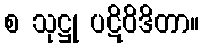
စ သုဋ္ဌု ပဋိဝိဒိတာ။